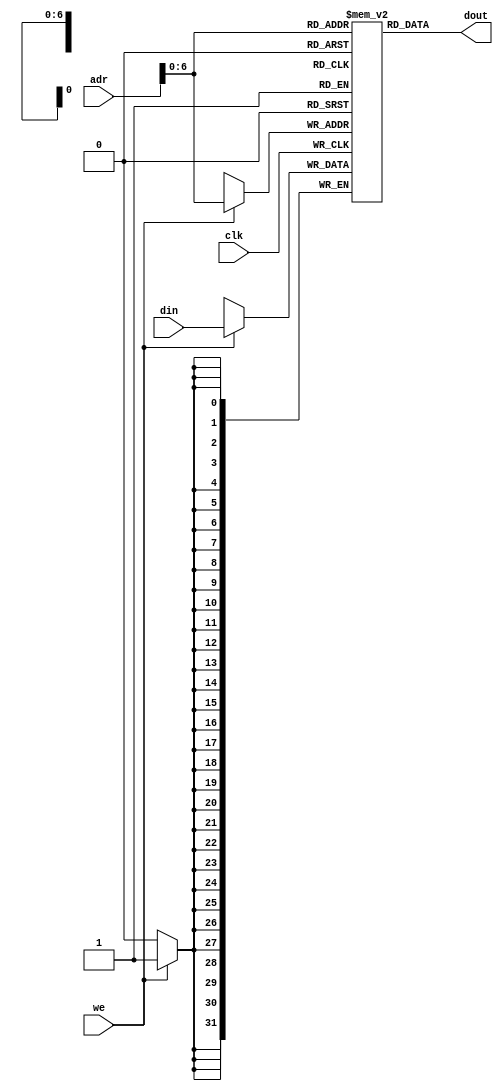

`timescale 1ns/1ns

module ram(clk,we,adr,din,dout);

parameter depth =128;
parameter bits = 32;
parameter width = 32;

input clk, we;
input [bits-1:0] adr;
input [width-1:0] din;

output [width-1:0] dout;

reg [width-1:0] Dmem [depth-1:0];
    
assign dout = Dmem[adr];
    
always @ (posedge clk) begin
	
    if (we) 
		Dmem[adr] <= din;
		 
end

endmodule